Insane asylums in Bengal annual reports 1876-1887 - 1876-1887
Year: 1876
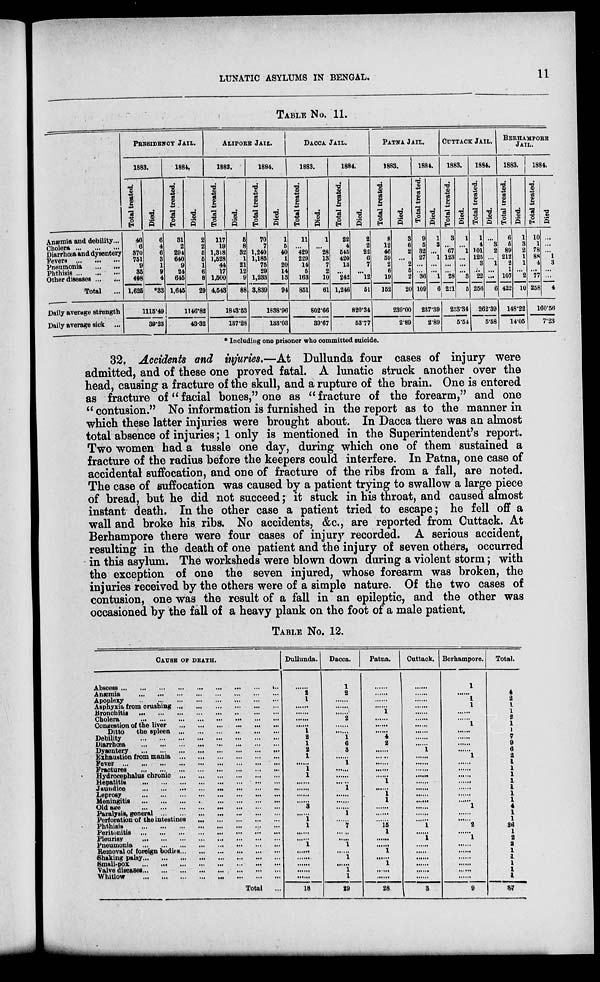
LUNATIC ASYLUMS IN
BENGAL.
11
TABLE No. 11.
Anœmia and debility...
Cholera ... ... ...
Diarrhœa and dysentery
Fevers ... ... ...
Pneumonia ... ...
Phthisis ... ... ...
Other diseases ... ...
Total
...
Daily average strength
Daily average sick ...
PRESIDENCY JAIL.
1883.
Total treated.
46
6
370
751
9
35
498
1,625
Died.
6
4
6
3
1
9
4
*33
1115.49
39.23
1884.
Total treated.
31
2
294
640
9
24
645
1,645
Died.
2
2
5
5
1
6
8
29
1146.82
43.32
ALIPORE JAIL.
1883.
Total treated.
117
19
1,318
1,528
44
17
1,500
4,543
Died.
5
8
32
1
21
12
9
88
1843.53
137.28
1884.
Total treated.
70
7
1,240
1,185
75
29
1,233
3,839
Died.
1
6
40
1
20
14
13
94
1838.96
133.03
DACCA JAIL.
1883.
Total treated.
11
...
429
229
14
5
163
851
Died.
1
...
28
13
7
2
10
61
802.66
39.67
1884.
Total treated.
22
4
545
420
13
...
242
1,246
Died.
2
2
22
6
7
...
12
51
820.34
53.77
PATNA JAIL.
1883.
Total treated.
8
12
46
59
2
6
19
152
Died.
3
6
2
...
2
5
2
20
239.00
2.89
1884.
Total treated.
9
5
32
27
...
...
36
109
Died.
1
3
...
1
...
...
1
6
237.39
2.89
CUTTACK JAIL.
1883.
Total treated.
3
...
67
123
...
...
28
221
Died.
1
...
1
...
...
...
3
5
253.34
5.54
1884.
Total treated.
1
4
101
125
3
...
22
256
Died.
...
3
2
...
1
...
...
6
262.39
5.58
BERHAMPORE
JAIL.
1883.
Total treated.
6
5
89
212
2
1
107
422
Died.
1
3
2
1
1
...
2
10
148.22
14.05
1884.
Total treated.
10
1
78
88
4
...
77
258
Died
...
...
...
1
3
...
...
4
160.56
7.23
* Including one prisoner who committed suicide.
32. Accidents and injuries.—At Dullunda four cases of injury were
admitted, and of these one proved fatal. A lunatic struck another over the
head, causing a fracture of the skull, and a rupture of the brain. One is entered
as fracture of" facial bones," one as " fracture of the forearm," and one
" contusion." No information is furnished in the report as to the manner in
which these latter injuries were brought about. In Dacca there was an almost
total absence of injuries; 1 only is mentioned in the Superintendent's report.
Two women had a tussle one day, during which one of them sustained a
fracture of the radius before the keepers could interfere. In Patna, one case of
accidental suffocation, and one of fracture of the ribs from a fall, are noted.
The case of suffocation was caused by a patient trying to swallow a large piece
of bread, but he did not succeed; it stuck in his throat, and caused almost
instant death. In the other case a patient tried to escape; he fell off a
wall and broke his ribs. No accidents, &c., are reported from Cuttack. At
Berhampore there were four cases of injury recorded. A serious accident
resulting in the death of one patient and the injury of seven others, occurred
in this asylum. The worksheds were blown down during a violent storm; with
the exception of one the seven injured, whose forearm was broken, the
injuries received by the others were of a simple nature. Of the two cases of
contusion, one was the result of a fall in an epileptic, and the other was
occasioned by the fall of a heavy plank on the foot of a male patient.
TABLE NO. 12.
CAUSE OF DEATH.
Abscess ... ... ... ... ... ... ... ... ...
Anæmia ... ... ... ... ... ... ... ... ...
Apoplexy ... ... ... ... ... ... ... ... ...
Asphyxia from crushing ... ... ... ... ... ...
Bronchitis ... ... ... ... ... ... ... ... ...
Cholera ... ... ... ... ... ... ... ... ...
Congestion of the liver ... ... ... ... ... ...
Ditto
the spleen ... ... ... ... ... ...
Debility ... ... ... ... ... ... ... ... ...
Diarrhœa ... ... ... ... ... ... ... ... ...
Dysentery ... ... ... ... ... ... ... ... ...
Exhaustion bom mania ... ... ... ... ... ...
Fever ... ... ... ... ... ... ... ... ...
Fractures ... ... ... ... ... ... ... ... ...
Hydrocephalus chronic ... ... ... ... ... ...
Hepatitis ... ... ... ... ... ... ... ... ...
Jaundice ... ... ... ... ... ... ... ... ...
Leprosy ... ... ... ... ... ... ... ... ...
Meningitis ... ... ... ... ... ... ... ... ...
Old age ... ... ... ... ... ... ... ... ...
Paralysis, general ... ... ... ... ... ...
Perforation of the intestines ... ... ... ... ...
Phthisis ... ... ... ... ... ... ... ... ...
Peritonitis ... ... ... ... ... ... ... ... ...
Pleurisy ... ... ... ... ... ... ... ... ...
Pneumonia ... ... ... ... ... ... ... ... ...
Removal of foreign bodies ... ... ... ... ... ...
Shaking palsy ... ... ... ... ... ... ... ... ...
Small-pox ... ... ... ... ... ... ... ...
Valve diseases ... ... ... ... ... ... ... ...
Whitlow ... ... ... ... ... ... ... ...
Total ...
Dullunda.
......
2
1
......
......
......
......
1
2
1
2
1
......
1
1
......
......
......
......
3
......
1
1
......
......
1
......
......
......
......
......
18
Dacca.
1
2
......
......
......
2
......
......
1
6
3
......
1
......
......
......
1
......
......
......
1
......
7
......
......
1
......
1
......
1
1
29
Patna.
......
......
......
......
1
......
......
......
4
2
......
......
......
......
......
1
......
1
1
......
......
......
15
1
......
......
1
......
1
......
......
28
Cuttack.
......
......
......
......
......
......
......
......
......
......
1
......
......
......
......
......
......
......
......
......
......
......
1
......
1
......
......
......
......
......
......
3
Berhampore.
1
......
1
1
......
......
1
......
......
......
......
1
......
......
......
......
......
......
......
1
......
......
2
......
1
......
......
......
......
......
......
9
Total.
4
2 1
1
2 1
1
7
9
6
2
1
1
1
1
1
1
1
4
1
1
26
1
2
2
1
1
1
1
1
87